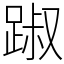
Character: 踧